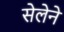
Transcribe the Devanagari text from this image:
सेलेने